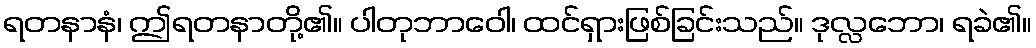
ရတနာနံ၊ ဤရတနာတို့၏။ ပါတုဘာဝေါ၊ ထင်ရှားဖြစ်ခြင်းသည်။ ဒုလ္လဘော၊ ရခဲ၏။